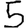
Digit: 5